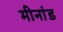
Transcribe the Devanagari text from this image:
मीनांड